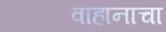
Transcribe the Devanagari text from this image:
वाहानाचा